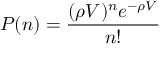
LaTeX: P ( n ) = { \frac { ( \rho V ) ^ { n } e ^ { - \rho V } } { n ! } }